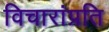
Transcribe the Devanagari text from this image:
विचारांप्रति